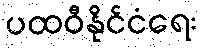
ပထဝီနိုင်ငံရေး